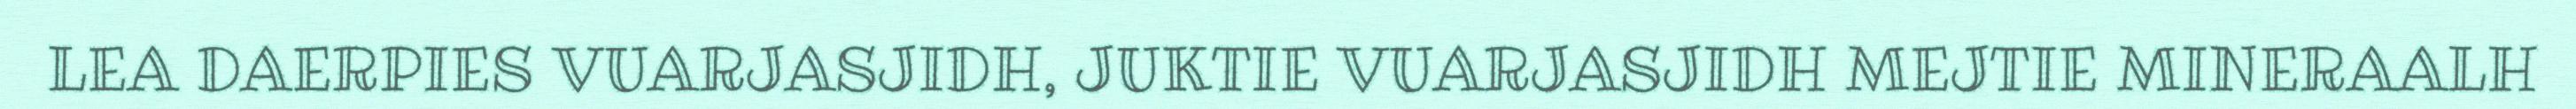
LEA DAERPIES VUARJASJIDH, JUKTIE VUARJASJIDH MEJTIE MINERAALH